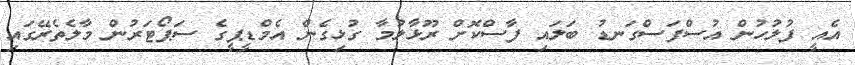
އެއީ ފުލުހުން އުސްފަސްގަނޑު ބަލައި ފާސްކޮށް ރޫޅާލުމާ ގުޅިގެން އެމްޑީޕީގެ ސަޕޯޓަރުން މާލެތެރޭގައި